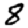
Digit: 8